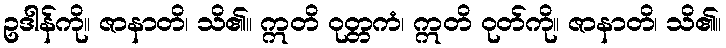
ဥဒါန်ကို။ ဇာနာတိ၊ သိ၏။ ဣတိ ဝုတ္တကံ၊ ဣတိ ဝုတ်ကို။ ဇာနာတိ၊ သိ၏။